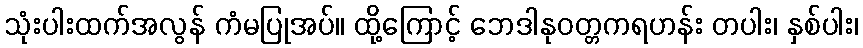
သုံးပါးထက်အလွန် ကံမပြုအပ်။ ထို့ကြောင့် ဘေဒါနုဝတ္တကရဟန်း တပါး၊ နှစ်ပါး၊